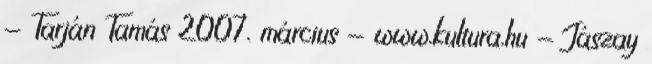
- Tarján Tamás 2007. március - www.kultura.hu - Jászay